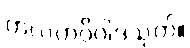
ကလဟဝိဝါဒသုတ်။